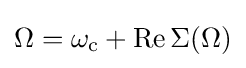
\Omega =\omega _{\mathrm {c} }+\operatorname {Re} \Sigma (\Omega )